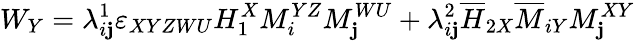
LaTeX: W_{Y}=\lambda_{i\mathbf{j}}^{1}\varepsilon_{XYZWU}H_{1}^{X}M_{i}^{YZ}M_{\mathbf{j}}^{WU}+\lambda_{i\mathbf{j}}^{2}\overline{{{{H}}}}_{2X}\overline{{{{M}}}}_{iY}M_{\mathbf{j}}^{XY}